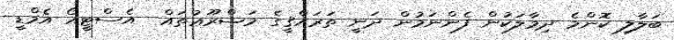
ބަލާލި ކޮންމެ ދިމާލަކުން ފެންނަމުން ދަނީ ތަރައްޤީގެ މަޝްރޫޢުތައް  އެސްޓީއޯ އެމްޑީ